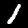
Label: 1